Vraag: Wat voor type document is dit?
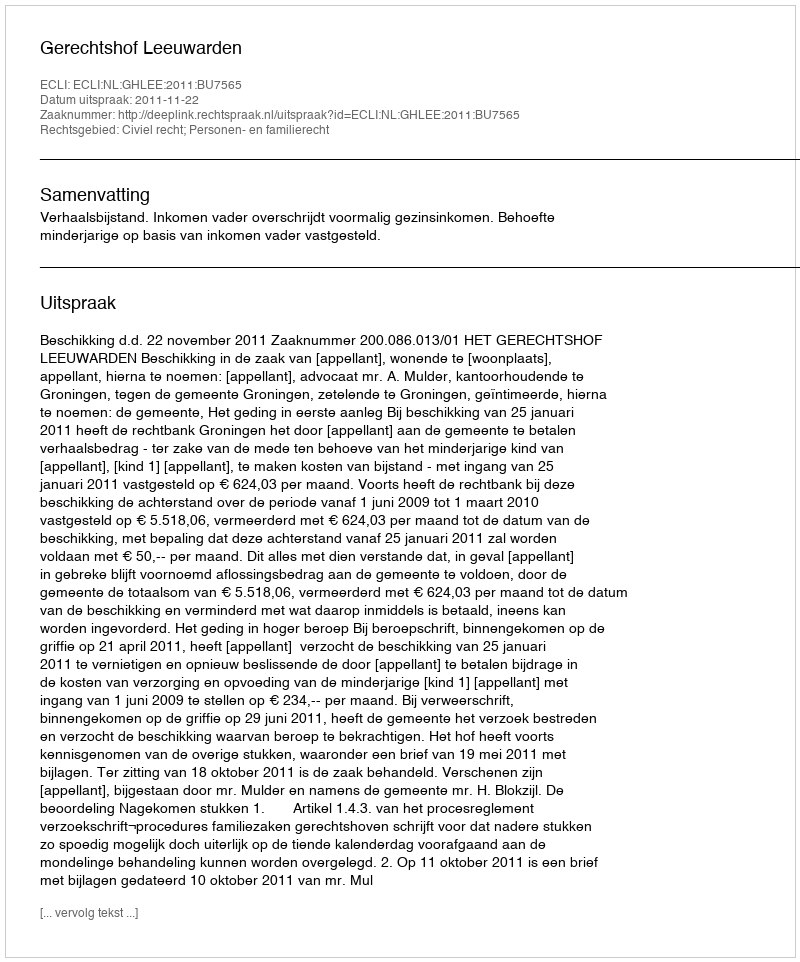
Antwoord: Uitspraak